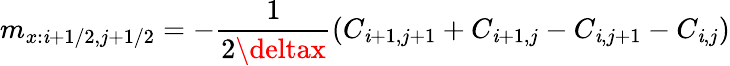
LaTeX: m_{x:\mathit{i}+1/2,j+1/2}=-\frac{{1}}{{2\deltax}}(C_{\mathit{i}+1,j+1}+C_{\mathit{i}+1,j}-C_{\mathit{i},j+1}-C_{\mathit{i},j})